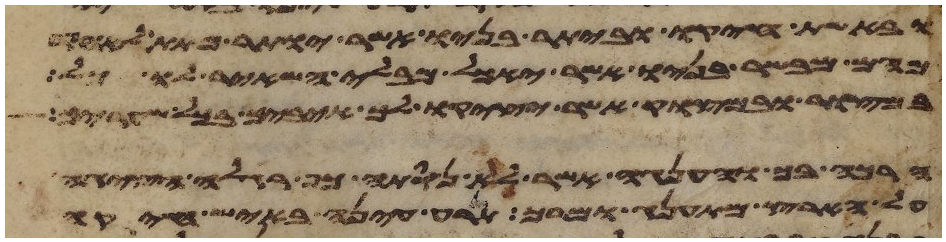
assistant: ובאשת חיקו וביתר בניו אשר יותר מתת
מהם מבשר בניו אשר יאכל מבלי השאיר לו
במצור ובמצוק אשר יציק לך איביך בכל שעריך
הרכה בך והענגה אשר לא נסתה כף רגלה הציגה
על הארץ מהתענג ומרך תרע עינה באיש חיקה